Lunatic asylums Punjab 1868-1880 - 1868-1880
Year: 1868
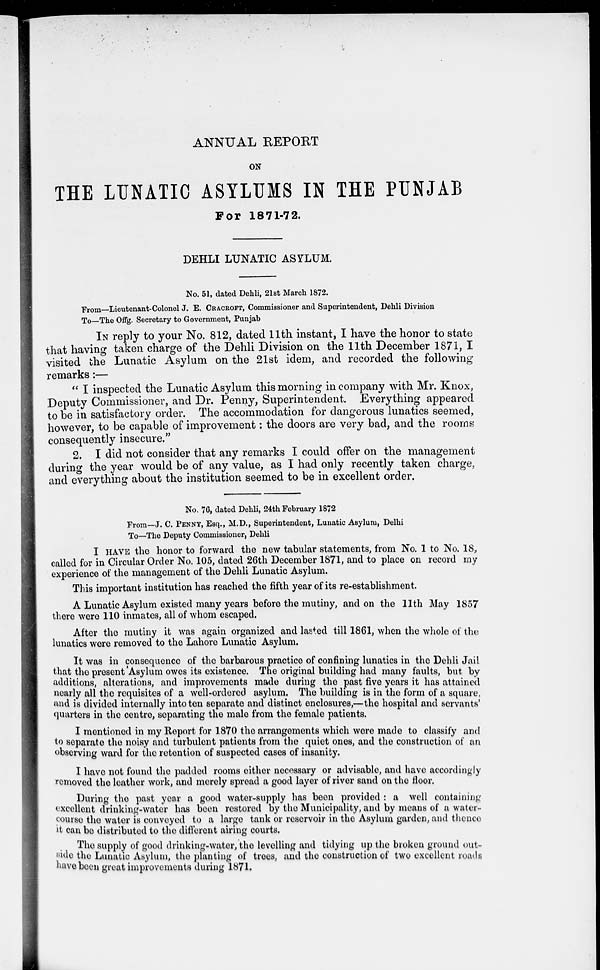
ANNUAL REPORT
ON
THE LUNATIC ASYLUMS IN THE PUNJAB
For 1871-72.
DEHLI LUNATIC ASYLUM.
No. 51, dated Dehli, 21st March 1872.
From—Lieutenant-Colonel J. E. CRACROFT, Commissioner and Superintendent, Dehli Division
To—The Offg. Secretary to Government, Punjab
IN reply to your No. 812, dated 11th instant, I have the honor to state
that having taken charge of the Dehli Division on the 11th December 1871, I
visited the Lunatic Asylum on the 21st idem, and recorded the following
remarks:—
" I inspected the Lunatic Asylum this morning in company with Mr. Knox,
Deputy Commissioner, and Dr. Penny, Superintendent. Everything appeared
to be in satisfactory order. The accommodation for dangerous lunatics seemed,
however, to be capable of improvement: the doors are very bad, and the rooms
consequently insecure."
2. I did not consider that any remarks I could offer on the management
during the year would be of any value, as I had only recently taken charge,
and everything about the institution seemed to be in excellent order.
No, 76, dated Dehli, 24th February 1872
From—J. C. PENNY, Esq., M.D., Superintendent, Lunatic Asylum, Delhi
To—The Deputy Commissioner, Dehli
I HAVE the honor to forward the new tabular statements, from No. 1 to No. 18,
called for in Circular Order No. 105, dated 26th December 1871, and to place on record my
experience of the management of the Dehli Lunatic Asylum.
This important institution has reached the fifth year of its re-establishment.
A Lunatic Asylum existed many years before the mutiny, and on the 11th May 1857
there were 110 inmates, all of whom escaped.
After the mutiny it was again organized and lasted till 1861, when the whole of the
lunatics were removed to the Lahore Lunatic Asylum.
It was in consequence of the barbarous practice of confining lunatics in the Dehli Jail
that the present Asylum owes its existence. The original building had many faults, but by
additions, alterations, and improvements made during the past five years it has attained
nearly all the requisites of a well-ordered asylum. The building is in the form of a square,
and is divided internally into ten separate and distinct enclosures,—the hospital and servants'
quarters in the centre, separating the male from the female patients.
I mentioned in my Report for 1870 the arrangements which were made to classify and
to separate the noisy and turbulent patients from the quiet ones, and the construction of an
observing ward for the retention of suspected cases of insanity.
I have not found the padded rooms either necessary or advisable, and have accordingly
removed the leather work, and merely spread a good layer of river sand on the floor.
During the past year a good water-supply has been provided : a well containing
excellent drinking-water has been restored by the Municipality, and by means of a water-
course the water is conveyed to a large tank or reservoir in the Asylum garden, and thence
it can be distributed to the different airing courts.
The supply of good drinking-water, the levelling and tidying up the broken ground out-
-ide the Lunatic Asylum, the planting of trees, and the construction of two excellent roads
have been great improvements during 1871.